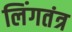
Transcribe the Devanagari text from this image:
लिंगतंत्र